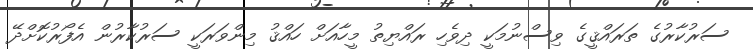
ސަރުކާރުގެ ތަރައްޤީގެ ވިސްނުމަކީ ދިވެހި ރައްޔިތު މީހާއަށް ހައްޤު މިންވަރަކީ ސަރުކާރުން އެފޯރުކޮށްދޭ